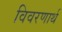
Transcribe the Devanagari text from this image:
विवरणार्थ